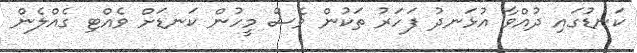
ކަނޑުގައި ދުއްވާ އުޅަނދު ފަހަރު ތަކުން ވެސް މީހުން ކަނޑަށް ވެއްޓި ގެއްލެން